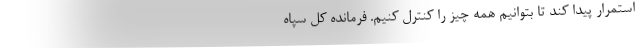
استمرار پیدا کند تا بتوانیم همه چیز را کنترل کنیم. فرمانده کل سپاه